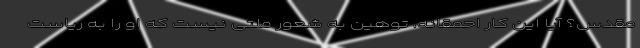
مقدس؟ آیا این کار احمقانه، توهین به شعور ملتی نیست که او را به ریاست